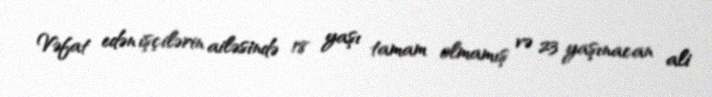
Vəfat edən işçilərin ailəsində 18 yaşı tamam olmamış və 23 yaşınacan ali